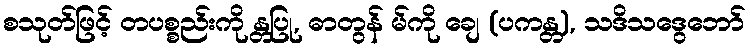
စသုတ်ဖြင့် တပစ္စည်းကို န္တပြု, ဓာတွန် မ်ကို ချေ (ပကန္တ), သဒိသဒွေဘော်